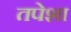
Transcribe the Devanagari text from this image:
तपेशा